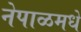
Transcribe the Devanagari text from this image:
नेपाळमधे